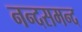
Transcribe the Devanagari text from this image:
नन्‍दसमन्‍द